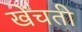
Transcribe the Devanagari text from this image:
खेंचती